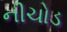
નીચોડ